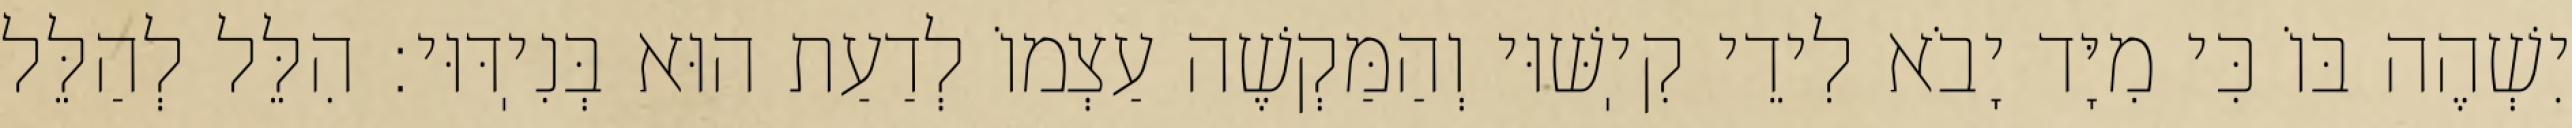
יִשְׁהֶה בּוֹ כִּי מִיָּד יָבֹא לִידֵי קִיֽשּׁוּי וְהַמַּקְשֶׁה עַצְמוֹ לְדַעַת הוּא בְּנִיֽדּוּי: הִלֵּל לְהַלֵּל